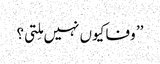
’’ وفا کیوں نہیں مِلتی؟